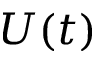
U ( t )